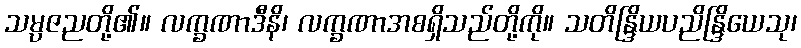
သမ္ပဇညတို့၏။ လက္ခဏာဒီနိ၊ လက္ခဏာအစရှိသည်တို့ကို။ သတိန္ဒြိယပညိန္ဒြိယေသု၊